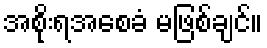
အစိုးရအစေခံ မဖြစ်ချင်။